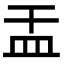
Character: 㿻